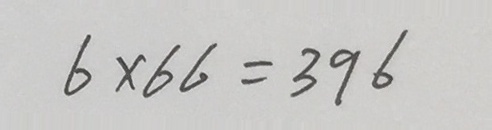
6 \times 6 6 = 3 9 6